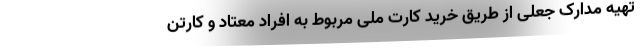
تهیه مدارک جعلی از طریق خرید کارت ملی مربوط به افراد معتاد و کارتن